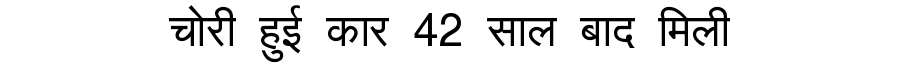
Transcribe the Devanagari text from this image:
चोरी हुई कार 42 साल बाद मिली